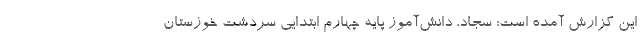
این گزارش آمده است: سجاد، دانش‌آموز پایه چهارم ابتدایی سردشت خوزستان